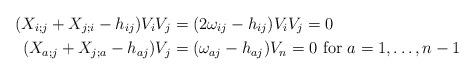
LaTeX: \begin{align*}(X_{i;j} + X_{j;i} -h_{ij} )V_iV_j &= (2\omega_{ij}- h_{ij} )V_iV_j = 0 \\(X_{a; j} + X_{j;a} - h_{aj} )V_j &= (\omega_{aj} -h_{aj})V_n=0 \mbox{ for $a = 1, \dots, n-1$}\end{align*}